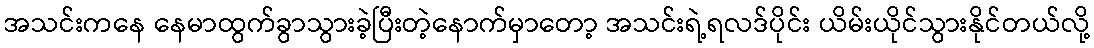
အသင်းကနေ နေမာထွက်ခွာသွားခဲ့ပြီးတဲ့နောက်မှာတော့ အသင်းရဲ့ရလဒ်ပိုင်း ယိမ်းယိုင်သွားနိုင်တယ်လို့